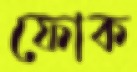
ফোক